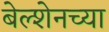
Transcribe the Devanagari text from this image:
बेल्शेनच्या